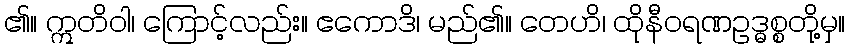
၏။ ဣတိဝါ၊ ကြောင့်လည်း။ ဧကောဒိ၊ မည်၏။ တေဟိ၊ ထိုနီဝရဏဥဒ္ဓစ္စတို့မှ။